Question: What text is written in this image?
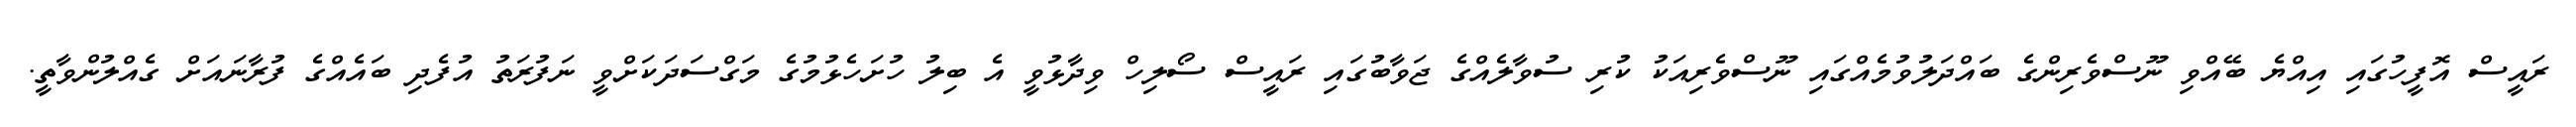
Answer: ރައީސް އޮފީހުގައި އިއްޔެ ބޭއްވި ނޫސްވެރިންގެ ބައްދަލުވުމެއްގައި ނޫސްވެރިއަކު ކުރި ސުވާލެއްގެ ޖަވާބުގައި ރައީސް ސޯލިހް ވިދާޅުވީ އެ ބިލު ހުށަހެޅުމުގެ މަގްސަދަކަށްވީ ނަފުރަތު އުފެދި ބައެއްގެ ފުރާނައަށް ގެއްލުންވާތީ.